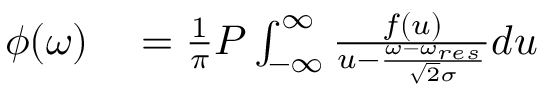
\begin{array} { r l } { \phi ( \omega ) } & { { } = \frac { 1 } { \pi } P \int _ { - \infty } ^ { \infty } \frac { f ( u ) } { u - \frac { \omega - \omega _ { r e s } } { \sqrt { 2 } \sigma } } d u } \end{array}